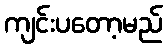
ကျင်းပတော့မည်